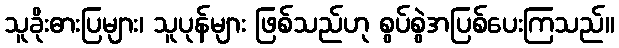
သူခိုးဓားပြများ၊ သူပုန်များ ဖြစ်သည်ဟု စွပ်စွဲအပြစ်ပေးကြသည်။